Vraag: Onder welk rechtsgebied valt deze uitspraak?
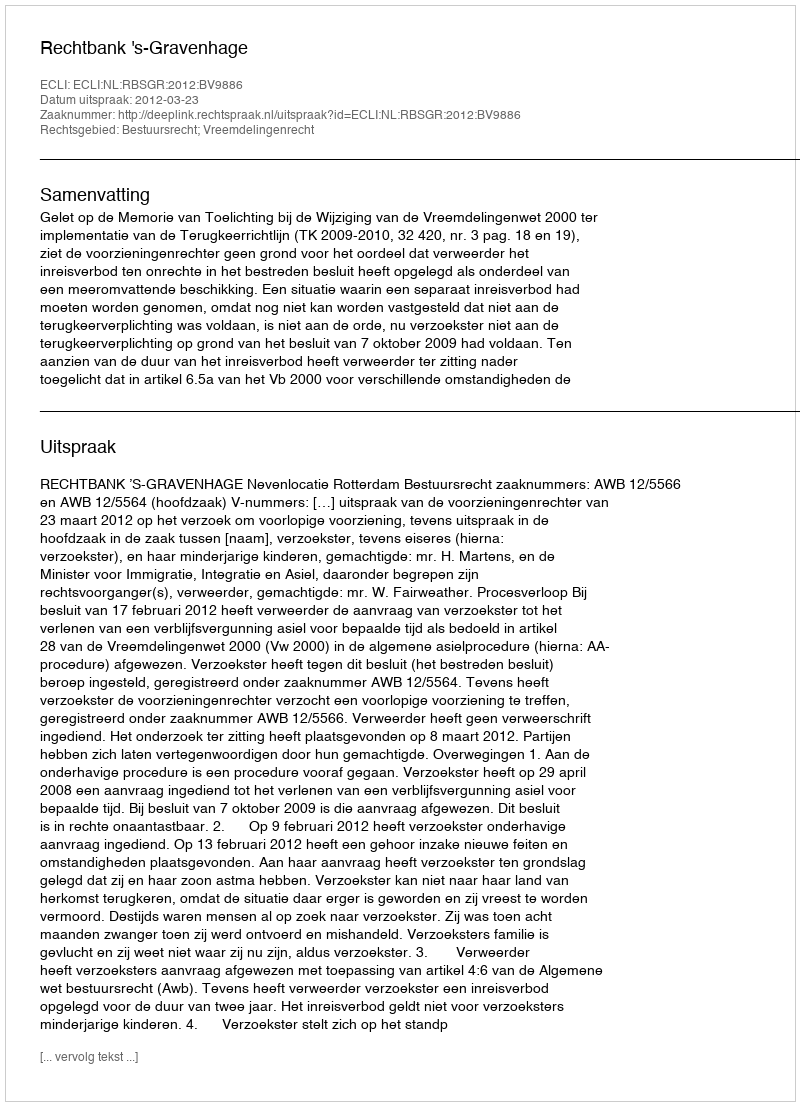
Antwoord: Bestuursrecht; Vreemdelingenrecht